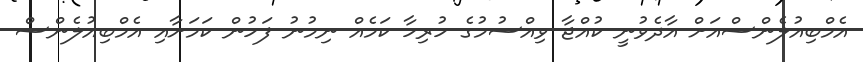
އެމްބިއުލެންސްއަށް އާދެވުނީ ކުއްޖާ ވިއްސުމުގެ ހުރިހާ ކަމެއް ނިމުނު ފަހުން ކަމަށާއި އެމްބިއުލެންސް